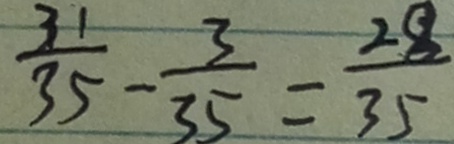
\frac { 3 1 } { 3 5 } - \frac { 3 } { 3 5 } = \frac { 2 8 } { 3 5 }